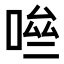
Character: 𠴧